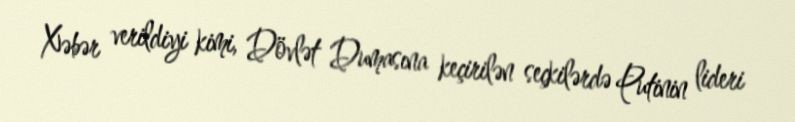
Xəbər verildiyi kimi, Dövlət Dumasına keçirilən seçkilərdə Putinin lideri